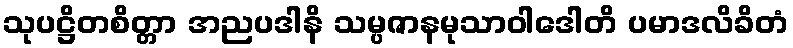
သုပဋ္ဌိတစိတ္တာ အညပဒါနိ သမ္ပဇာနမုသာဝါဒေါတိ ပမာဒလိခိတံ